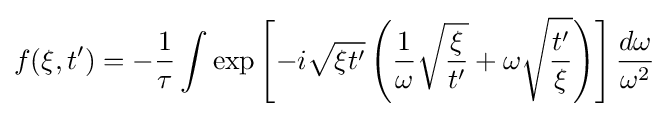
f(\xi ,t')=-{\frac {1}{\tau }}\int \exp \left[-i{\sqrt {\xi t'}}\left({\frac {1}{\omega }}{\sqrt {\frac {\xi }{t'}}}+\omega {\sqrt {\frac {t'}{\xi }}}\right)\right]{\frac {d\omega }{\omega ^{2}}}